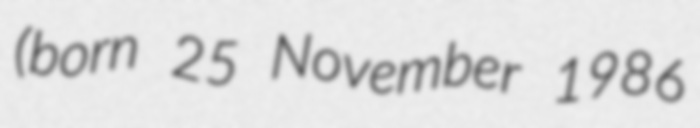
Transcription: (born 25 November 1986